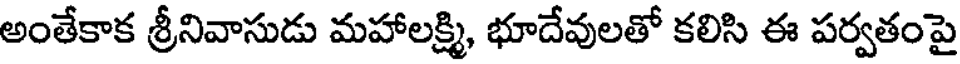
అంతేకాక శ్రీనివాసుడు మహాలక్ష్మి, భూదేవులతో కలిసి ఈ పర్వతంపై